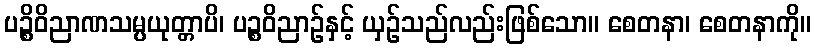
ပဉ္စိဝိညာဏသမ္ပယုတ္တာပိ၊ ပဉ္စဝိညာဉ်နှင့် ယှဉ်သည်လည်းဖြစ်သော။ စေတနာ၊ စေတနာကို။